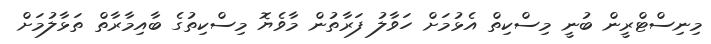
މިނިސްޓްރީން ބުނީ މިސްކިތް އެޅުމަށް ހަވާލު ފަރާތުން މާވެޔޮ މިސްކިތުގެ ބާއިމާރާތް ތަޅާލުމަށް